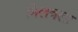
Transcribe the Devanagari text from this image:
मिलवला